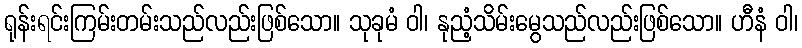
ရုန်းရင်းကြမ်းတမ်းသည်လည်းဖြစ်သော။ သုခုမံ ဝါ၊ နုညံ့သိမ်းမွေသည်လည်းဖြစ်သော။ ဟီနံ ဝါ၊